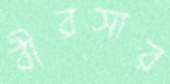
বীরসার